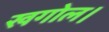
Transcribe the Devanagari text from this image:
खगोल।